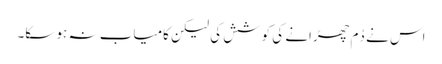
اس نے دُم چھڑانے کی کوشش کی لیکن کامیاب نہ ہو سکا۔